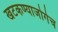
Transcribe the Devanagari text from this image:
खटकण्याजोगेच